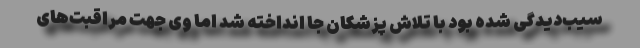
سیب‌دیدگی شده بود با تلاش پزشکان جا انداخته شد اما وی جهت مراقبت‌های